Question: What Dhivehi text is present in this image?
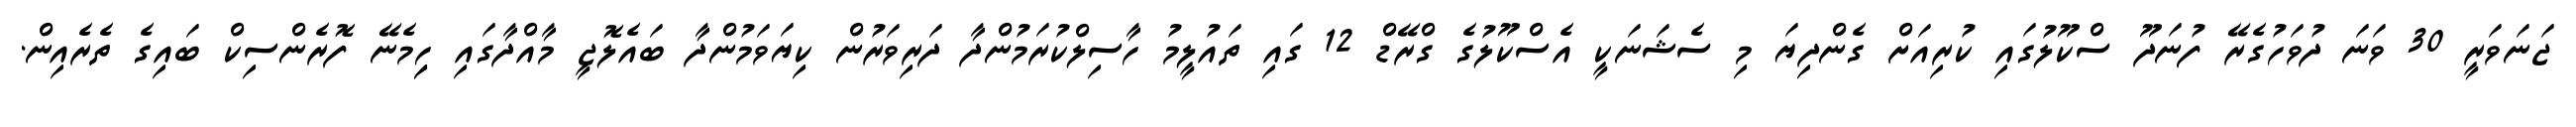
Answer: ޖަނަވަރީ 30 ވަނަ ދުވަހުގެރޭ ފުނަދޫ ސްކޫލުގައި ކުރިއަށް ގެންދިޔަ މި ސެޝަނަކީ އެސްކޫލުގެ ގްރޭޑް 12 ގައި ތައުލީމު ހާސިލްކުރަމުންދާ ދަރިވަރުން ކިޔަވަމުންދާ ބައެލޮޖީ މާއްދާގައި ހިިމެނޭ ފޮރެންސިކް ބައިގެ ތެރެއިން.